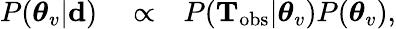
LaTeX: \begin{array}{rlr}{P(\boldsymbol{\theta}_{v}|\mathbf{d})}&{{}\propto}&{P(\mathbf{T}_{\mathrm{obs}}|\boldsymbol{\theta}_{v})P(\boldsymbol{\theta}_{v}),}\end{array}